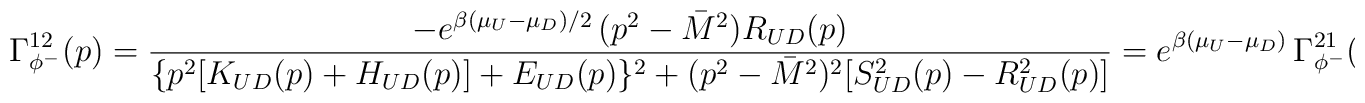
\Gamma_{\phi^-}^{12}(p)=\frac{- e^{\beta(\mu_U-\mu_D)/2}\,(p^2-\bar{M}^2)R_{UD}(p)}{\{p^2[K_{UD}(p)+H_{UD}(p)]+E_{UD}(p)\}^2+(p^2-\bar{M}^2)^2[S_{UD}^2(p)-R_{UD}^2(p)]}= e^{\beta(\mu_U-\mu_D)}\, \Gamma_{\phi^-}^{21}(p)